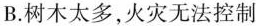
B. 树木太多，火灾无法控制